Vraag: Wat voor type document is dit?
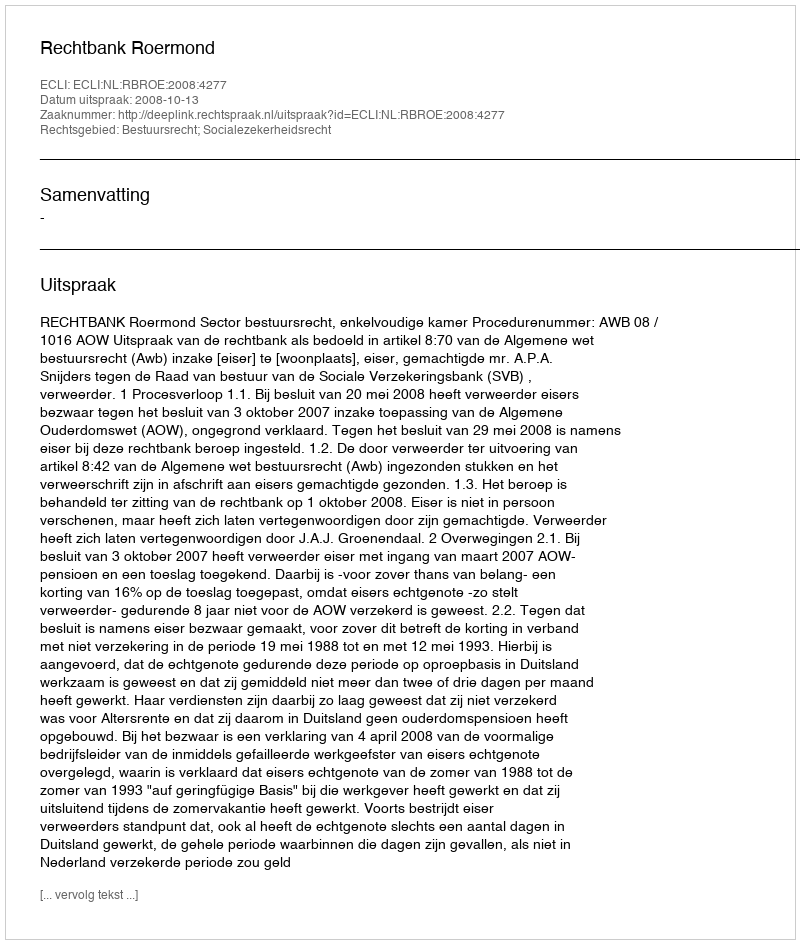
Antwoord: Uitspraak